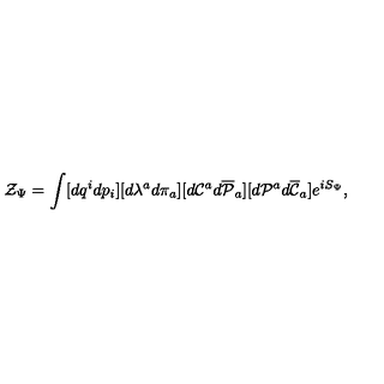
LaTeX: { \cal Z } _ { \Psi } = \int [ d q ^ { i } d p _ { i } ] [ d \lambda ^ { a } d \pi _ { a } ] [ d { \cal C } ^ { a } d { \overline { { \cal P } } } _ { a } ] [ d { \cal P } ^ { a } d { \overline { { \cal C } } } _ { a } ] e ^ { i S _ { \Psi } } ,